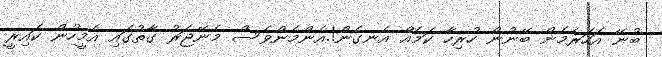
ބުނޭ އަހަރެމެން ބޭނުން ހުރިހާ ކަމެއް އެނގެން!.އެންމެންވެސް މެނޭޖަރު ގާތުގައި އެމީހުން ކައިރީ